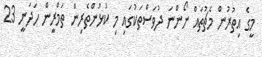
މީގެ އިތުރުން މެޗުތައް ނޯންނަ ދުވަސްތަކުގައި މި ކުޅުންތެރިން ތަމްރީން ހަދަނީ 23